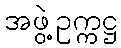
အဖွဲ့ဥက္ကဋ္ဌ